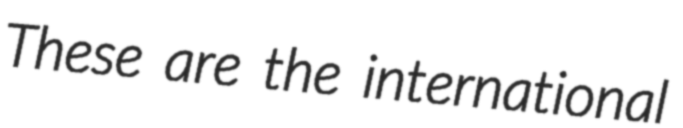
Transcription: These are the international